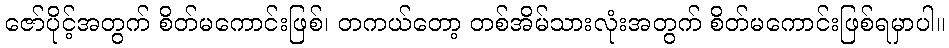
ဇော်ပိုင့်အတွက် စိတ်မကောင်းဖြစ်၊ တကယ်တော့ တစ်အိမ်သားလုံးအတွက် စိတ်မကောင်းဖြစ်ရမှာပါ။